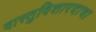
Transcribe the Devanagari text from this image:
वास्तुविशारदाचा